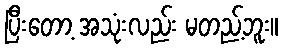
ပြီးတော့ အသုံးလည်း မတည့်ဘူး။